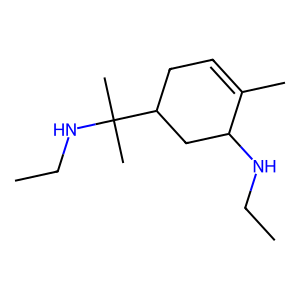
SMILES: CCNC1CC(C(C)(C)NCC)CC=C1C
Inhibits HIV replication: No